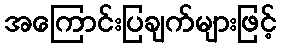
အကြောင်းပြချက်များဖြင့်